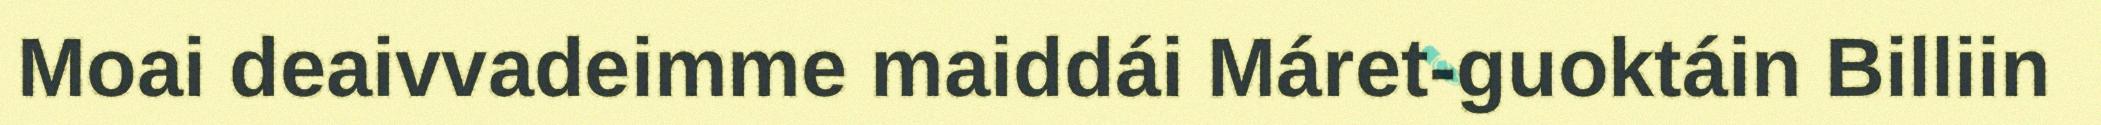
Moai deaivvadeimme maiddái Máret-guoktáin Billiin